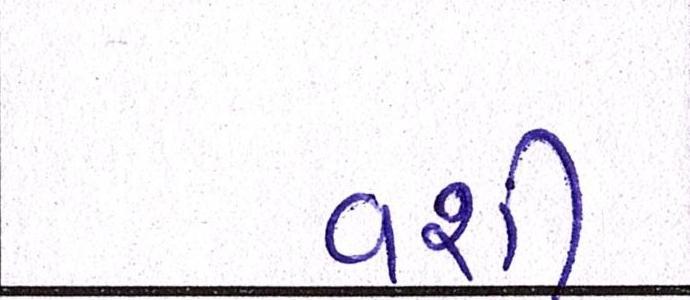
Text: વશી